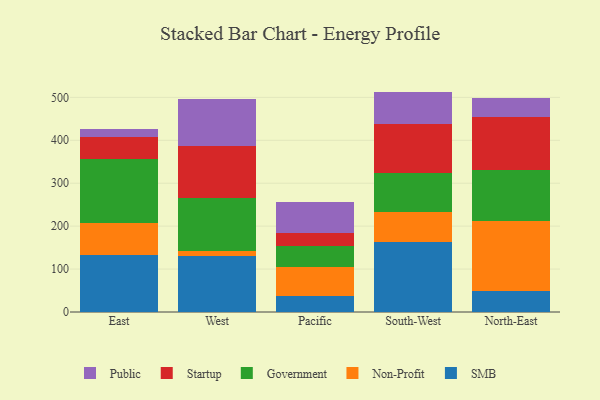
{"axis": {"x": "Region", "y": "Inventory Turnover"}, "legend": ["Government", "Non-Profit", "Public", "SMB", "Startup"], "data": [{"x": "East", "y": 133.2, "type": "SMB"}, {"x": "East", "y": 74.6, "type": "Non-Profit"}, {"x": "East", "y": 149.3, "type": "Government"}, {"x": "East", "y": 49.4, "type": "Startup"}, {"x": "East", "y": 20.2, "type": "Public"}, {"x": "West", "y": 131.6, "type": "SMB"}, {"x": "West", "y": 9.5, "type": "Non-Profit"}, {"x": "West", "y": 123.7, "type": "Government"}, {"x": "West", "y": 122.3, "type": "Startup"}, {"x": "West", "y": 109.5, "type": "Public"}, {"x": "Pacific", "y": 36.8, "type": "SMB"}, {"x": "Pacific", "y": 68.9, "type": "Non-Profit"}, {"x": "Pacific", "y": 49.2, "type": "Government"}, {"x": "Pacific", "y": 29.1, "type": "Startup"}, {"x": "Pacific", "y": 71.5, "type": "Public"}, {"x": "South-West", "y": 163.7, "type": "SMB"}, {"x": "South-West", "y": 69.1, "type": "Non-Profit"}, {"x": "South-West", "y": 91.3, "type": "Government"}, {"x": "South-West", "y": 113.5, "type": "Startup"}, {"x": "South-West", "y": 75.8, "type": "Public"}, {"x": "North-East", "y": 49.0, "type": "SMB"}, {"x": "North-East", "y": 163.1, "type": "Non-Profit"}, {"x": "North-East", "y": 119.1, "type": "Government"}, {"x": "North-East", "y": 122.2, "type": "Startup"}, {"x": "North-East", "y": 45.6, "type": "Public"}]}